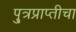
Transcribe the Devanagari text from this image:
पु्त्रप्राप्तीचा